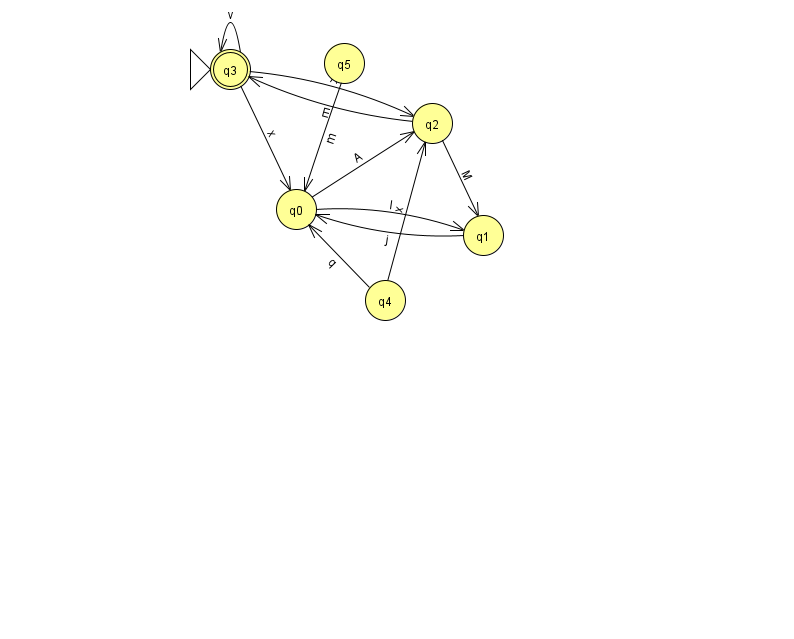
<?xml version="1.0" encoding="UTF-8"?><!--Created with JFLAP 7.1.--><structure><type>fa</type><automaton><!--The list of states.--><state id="0" name="q0"><x>296.0</x><y>196.0</y></state><state id="1" name="q1"><x>483.0</x><y>222.0</y></state><state id="2" name="q2"><x>432.0</x><y>110.0</y></state><state id="3" name="q3"><x>230.0</x><y>56.0</y><initial/><final/></state><state id="4" name="q4"><x>385.0</x><y>287.0</y></state><state id="5" name="q5"><x>344.0</x><y>50.0</y></state><!--The list of transitions.--><transition><from>1</from><to>0</to><read>j</read></transition><transition><from>4</from><to>2</to><read>x</read></transition><transition><from>0</from><to>1</to><read>I</read></transition><transition><from>3</from><to>2</to><read>A</read></transition><transition><from>5</from><to>0</to><read>m</read></transition><transition><from>3</from><to>0</to><read>x</read></transition><transition><from>2</from><to>3</to><read>E</read></transition><transition><from>3</from><to>3</to><read>v</read></transition><transition><from>4</from><to>0</to><read>q</read></transition><transition><from>2</from><to>1</to><read>M</read></transition><transition><from>0</from><to>2</to><read>A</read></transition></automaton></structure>